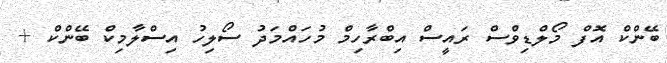
ބޭންކް އޮފް މޯލްޑިވްސް ރައީސް އިބްރާހިމް މުހައްމަދު ސޯލިހު އިސްލާމިކް ބޭންކް +